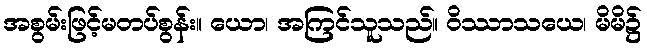
အစွမ်းဖြင့်မတပ်စွန်း။ ယော၊ အကြင်သူသည်။ ဝိဿာသယေ၊ မိမိ၌